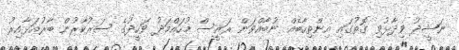
ނަޝީދު ވިދާޅުވި ގޮތުގައި އިންތިހާބެއް ނުބާއްވަން ރައީސް މުހައްމަދު ވަހީދުގެ ސަރުކާރުން ބާރުއަޅާއިރު